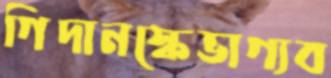
গিদানস্কেভাগ্যব